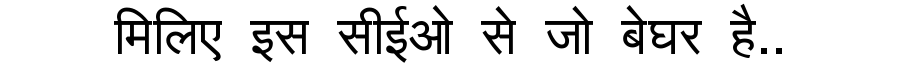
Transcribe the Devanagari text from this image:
मिलिए इस सीईओ से जो बेघर है..